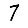
Digit: 7